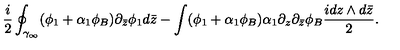
\frac { i } { 2 } \oint _ { \gamma _ { \infty } } ( \phi _ { 1 } + \alpha _ { 1 } \phi _ { B } ) \partial _ { \bar { z } } \phi _ { 1 } d \bar { z } - \int ( \phi _ { 1 } + \alpha _ { 1 } \phi _ { B } ) \alpha _ { 1 } \partial _ { z } \partial _ { \bar { z } } \phi _ { B } \frac { i d z \wedge d \bar { z } } { 2 } .